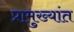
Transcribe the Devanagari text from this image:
प्रामुख्यांत